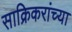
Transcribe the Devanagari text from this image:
साक्रिकरांच्या